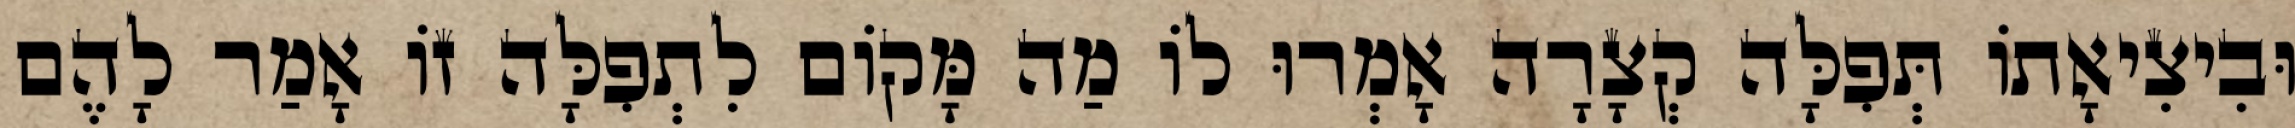
וּבִיצִיאָתוֹ תְּפִלָּה קְצָרָה אָמְרוּ לוֹ מַה מָּקוֹם לִתְפִלָּה זוֹ אָמַר לָהֶם